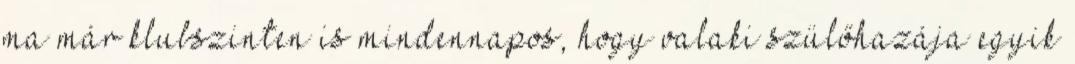
ma már klubszinten is mindennapos, hogy valaki szülőhazája egyik